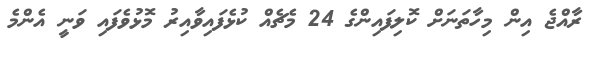
ރާއްޖެ އިން މިހާތަނަށް ކޮލިފައިންގެ 24 މެޗެއް ކުޅެފައިވާއިރު މޮޅުވެފައި ވަނީ އެންމެ